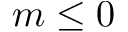
m \le 0